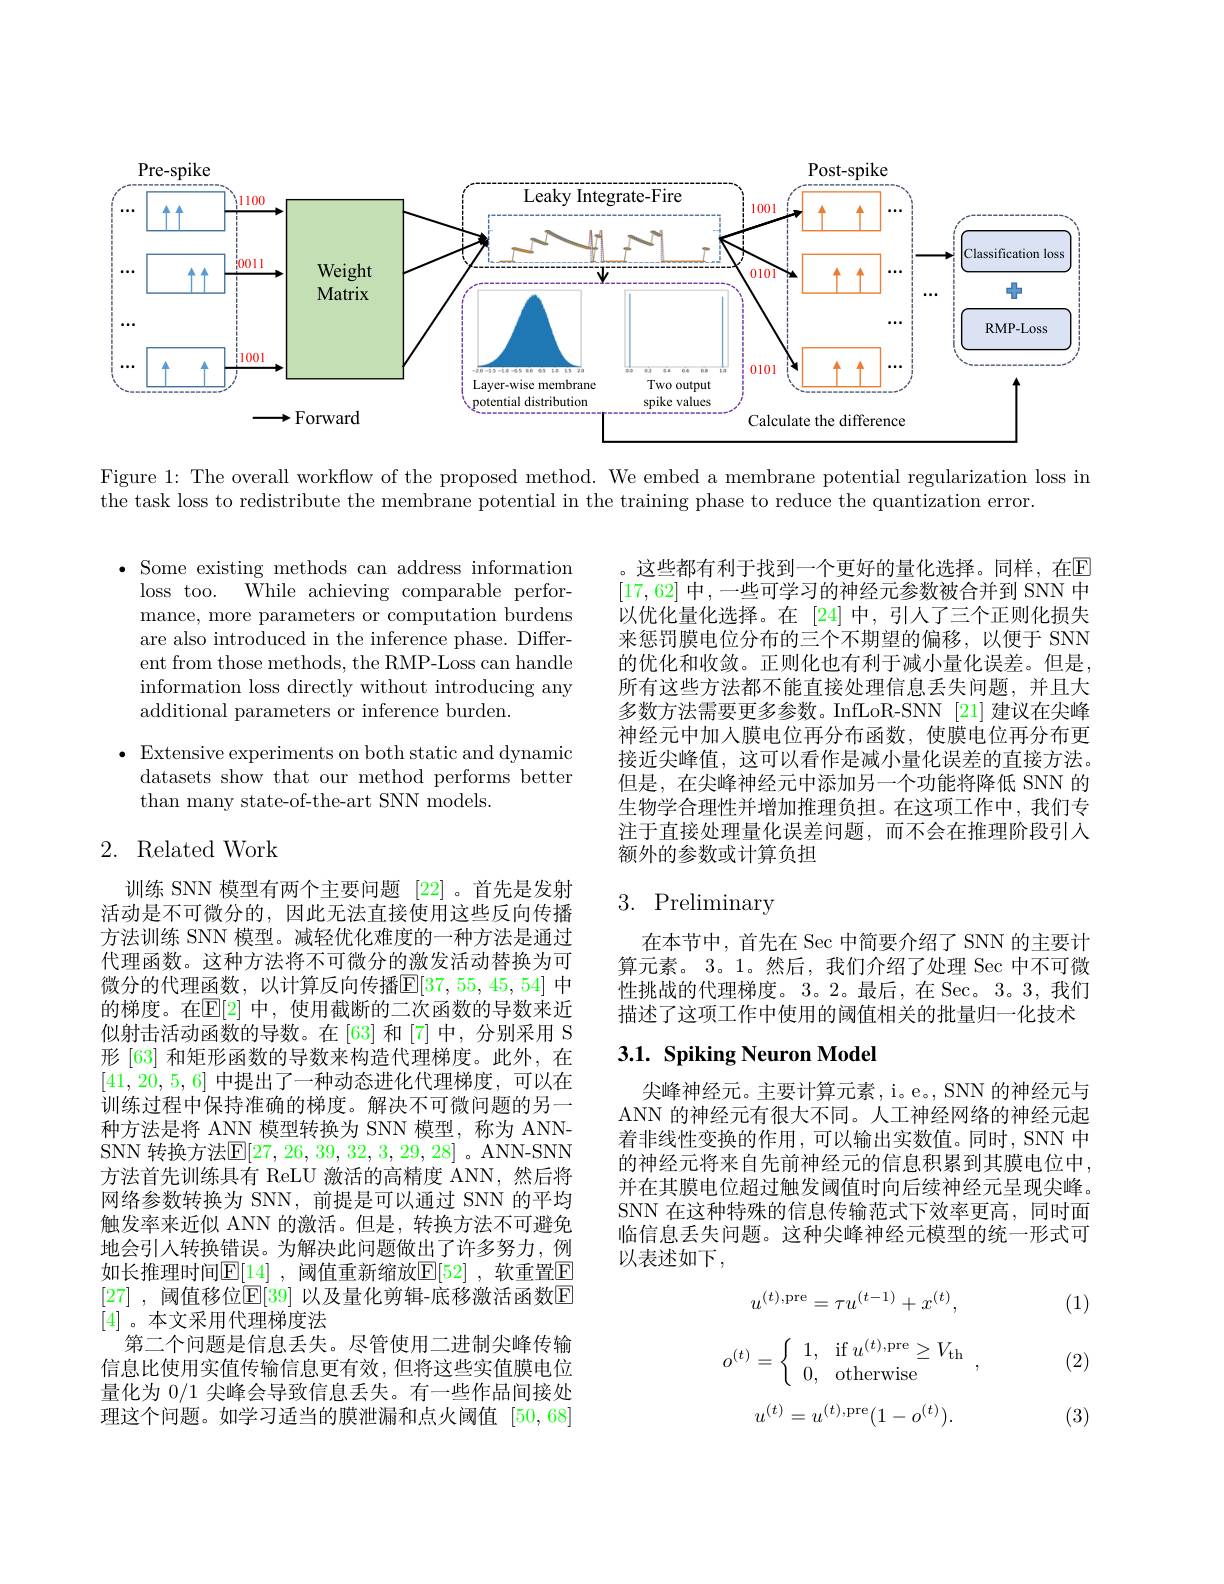
<FigureHere>

Figure 1: The overall workflow of the proposed method. We embed a membrane potential regularization loss in
the task loss to redistribute the membrane potential in the training phase to reduce the quantization error.

${\text{,Some existing methods can address information}}$ loss too. While achieving comparable performance, more parameters or computation burdens are also introduced in the inference phase. Different from those methods, the RMP-Loss can handle information loss directly without introducing any additional parameters or inference burden.

,这些都有利于找到一个更好的量化选择。同样，在$\mathbb{E}$ [17,62]中，一些可学习的神经元参数被合并到 SNN 中以优化量化选择。在[24]中，引人了三个正则化损失来惩罚膜电位分布的三个不期望的偏移，以便于 SNN 的优化和收敛。正则化也有利于减小量化误差。但是， 所有这些方法都不能直接处理信息丢失问题，并且大多数方法需要更多参数。InfLoR-SNN [21] 建议在尖峰神经元中加入膜电位再分布函数，使膜电位再分布更接近尖峰值，这可以看作是减小量化误差的直接方法。但是，在尖峰神经元中添加另一个功能将降低 SNN 的生物学合理性并增加推理负担。在这项工作中，我们专注于直接处理量化误差问题，而不会在推理阶段引人额外的参数或计算负担

$\bullet$ Extensive experiments on both static and dynamic
datasets show that our method performs better
than many state-of-the-art SNN models.

## 2. Related Work

# 3. Preliminary

在本节中，首先在 Sec 中简要介绍了 SNN 的主要计算元素。3。1。然后，我们介绍了处理 Sec 中不可微性挑战的代理梯度。3。2。最后，在 Sec。3。3,我们描述了这项工作中使用的阈值相关的批量归一化技术

## $3. 1. \textbf{ Spiking Neuron Model}$

训练 SNN 模型有两个主要问题[22] 。首先是发射活动是不可微分的，因此无法直接使用这些反向传播方法训练 SNN 模型。减轻优化难度的一种方法是通过代理函数。这种方法将不可微分的激发活动替换为可微分的代理函数，以计算反向传播$\mathbb{E}[37,55,45,54]$ 中的梯度。在$\mathbb{E}[2]$ 中，使用截断的二次函数的导数来近似射击活动函数的导数。在[63]和[7]中，分别采用 S 形 [63] 和矩形函数的导数来构造代理梯度。此外，在[41,20,5,6]中提出了一种动态进化代理梯度，可以在训练过程中保持准确的梯度。解决不可微问题的另一种方法是将 ANN 模型转换为 SNN 模型，称为 ANNSNN 转换方法$\mathbb{E}[27,26,39,32,3,29,28]$。ANN-SNN 方法首先训练具有 ReLU 激活的高精度 ANN,然后将网络参数转换为 SNN, 前提是可以通过 SNN 的平均触发率来近似 ANN 的激活。但是，转换方法不可避免地会引人转换错误。为解决此问题做出了许多努力，例如长推理时间$\mathbb{E}[14]$ ,阈值重新缩放$\mathbb{E}[52]$ ,软重置$\mathbb{E}$ [27] ,阈值移位$\mathbb{E}[39]$ 以及量化剪辑-底移激活函数$\mathbb{E}$ [4]。本文采用代理梯度法
第二个问题是信息丢失。尽管使用二进制尖峰传输信息比使用实值传输信息更有效，但将这些实值膜电位量化为 0/1 尖峰会导致信息丢失。有一些作品间接处理这个问题。如学习适当的膜泄漏和点火阈值[50,68]

尖峰神经元。主要计算元素，i。e., SNN 的神经元与ANN 的神经元有很大不同。人工神经网络的神经元起着非线性变换的作用，可以输出实数值。同时，SNN 中的神经元将来自先前神经元的信息积累到其膜电位中， 并在其膜电位超过触发阈值时向后续神经元呈现尖峰。SNN 在这种特殊的信息传输范式下效率更高，同时面临信息丢失问题。这种尖峰神经元模型的统一形式可以表述如下，

(1)

(2)
$$u^{(t),\mathrm{pre}}=\tau u^{(t-1)}+x^{(t)},$$
$$o^{(t)}=\left\{\begin{array}{ll}1,&\text{if}\:u^{(t),\text{pre}}\geq V_{\text{th}}\\0,&\text{otherwise}\end{array}\right.,$$
$$u^{(t)}=u^{(t),\text{pre}}(1-o^{(t)}).$$
(3)